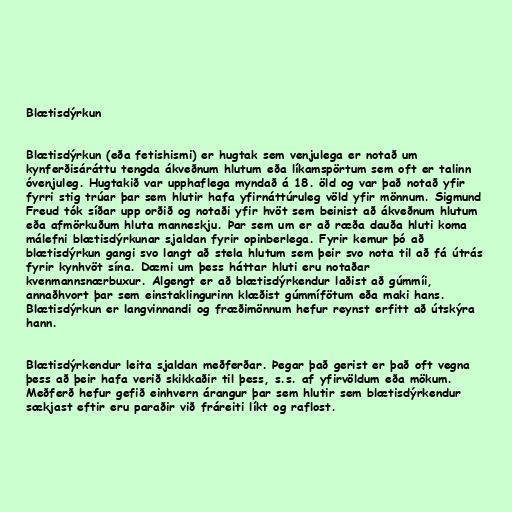
Blætisdýrkun

Blætisdýrkun (eða fetishismi) er hugtak sem venjulega er notað um
kynferðisáráttu tengda ákveðnum hlutum eða líkamspörtum sem oft er talinn
óvenjuleg. Hugtakið var upphaflega myndað á 18. öld og var það notað yfir
fyrri stig trúar þar sem hlutir hafa yfirnáttúruleg völd yfir mönnum. Sigmund
Freud tók síðar upp orðið og notaði yfir hvöt sem beinist að ákveðnum hlutum
eða afmörkuðum hluta manneskju. Þar sem um er að ræða dauða hluti koma
málefni blætisdýrkunar sjaldan fyrir opinberlega. Fyrir kemur þó að
blætisdýrkun gangi svo langt að stela hlutum sem þeir svo nota til að fá útrás
fyrir kynhvöt sína. Dæmi um þess háttar hluti eru notaðar
kvenmannsnærbuxur. Algengt er að blætisdýrkendur laðist að gúmmíi,
annaðhvort þar sem einstaklingurinn klæðist gúmmífötum eða maki hans.
Blætisdýrkun er langvinnandi og fræðimönnum hefur reynst erfitt að útskýra
hann.

Blætisdýrkendur leita sjaldan meðferðar. Þegar það gerist er það oft vegna
þess að þeir hafa verið skikkaðir til þess, s.s. af yfirvöldum eða mökum.
Meðferð hefur gefið einhvern árangur þar sem hlutir sem blætisdýrkendur
sækjast eftir eru paraðir við fráreiti líkt og raflost.